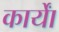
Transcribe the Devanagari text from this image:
कार्याें